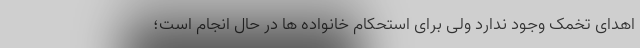
اهدای تخمک وجود ندارد ولی برای استحکام خانواده ها در حال انجام است؛